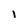
Character: i